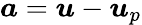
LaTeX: \boldsymbol{a}=\boldsymbol{u}-\boldsymbol{u}_{p}